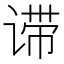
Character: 𬤈